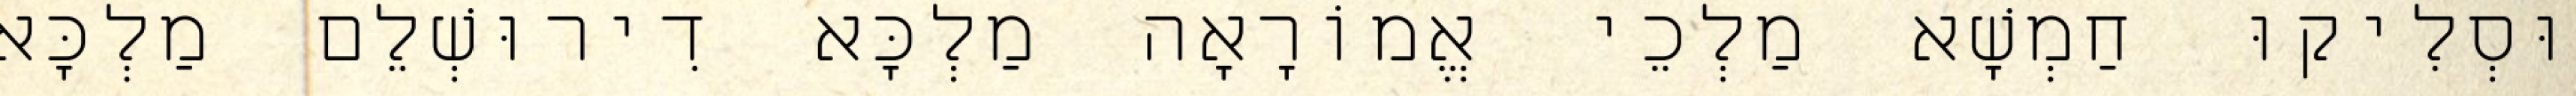
וּסְלִיקוּ חַמְשָׁא מַלְכֵי אֱמוֹרָאָה מַלְכָּא דִירוּשְׁלֵם מַלְכָּא